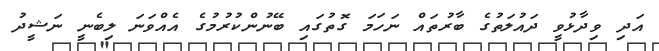
އަދި ވިދާޅުވީ ދައުލަތުގެ ބާރުތައް ނަހަމަ ގޮތުގައި ބޭނުންކުރުމުގެ އެއްވަނަ ލިބެނީ ނަޝީދު